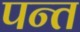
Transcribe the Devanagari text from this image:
पन्‍त